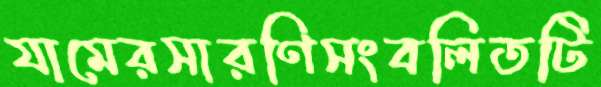
যামেরসারণিসংবলিতটি